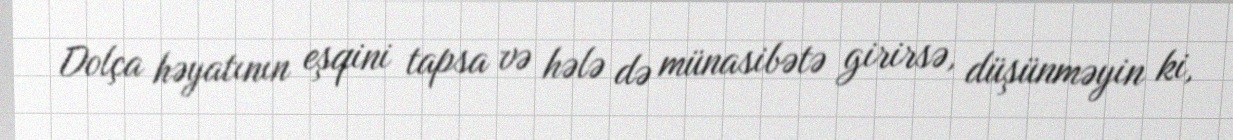
Dolça həyatının eşqini tapsa və hələ də münasibətə girirsə, düşünməyin ki,